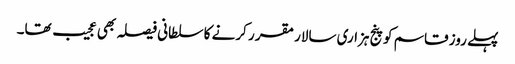
پہلے روز قاسم کو پنج ہزاری سالار مقر ر کرنے کا سلطانی فیصلہ بھی عجیب تھا۔